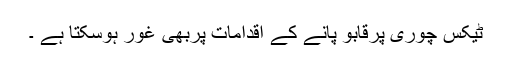
ٹیکس چوری پرقابو پانے کے اقدامات پربھی غور ہوسکتا ہے ۔